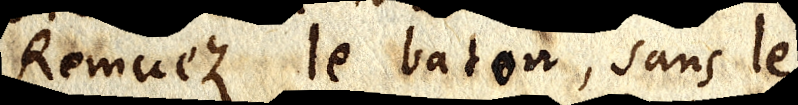
Remuez le baton, sans le